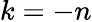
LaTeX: k=-n